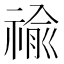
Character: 䄖